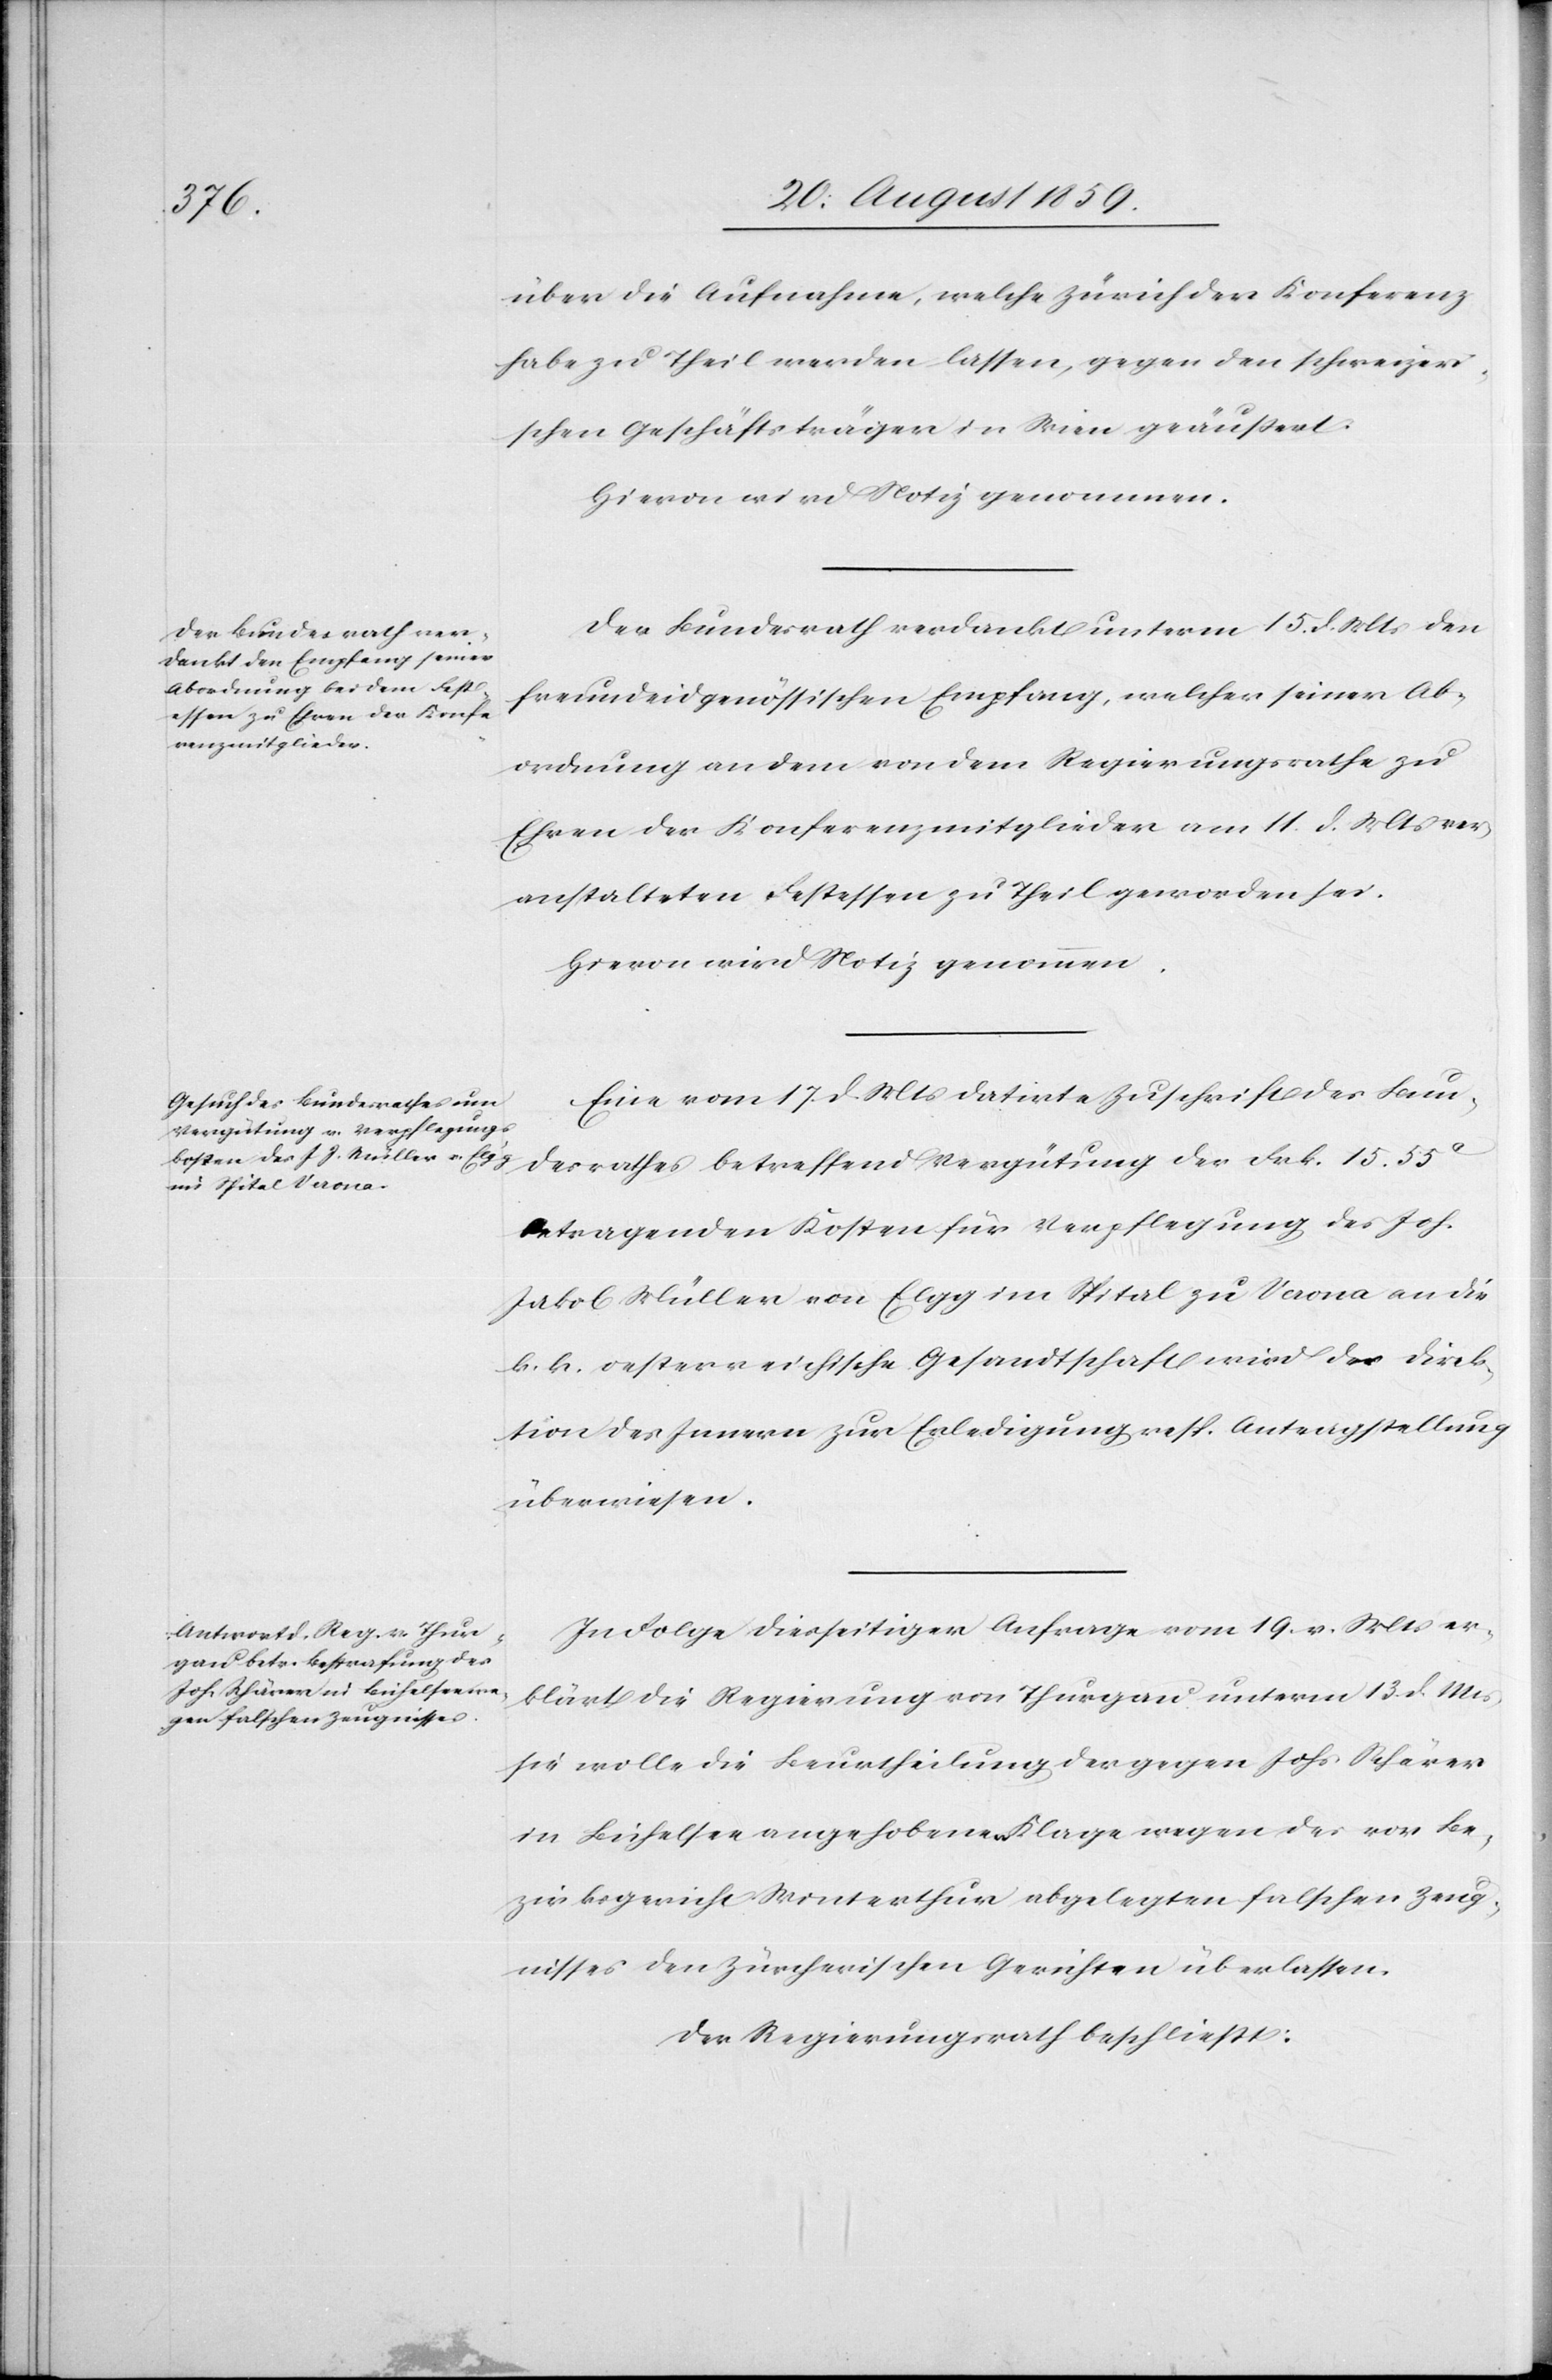
über die Aufnahme, welche Zürich der Konferenz
habe zu Theil werden lassen, gegen den schweizeri¬
schen Geschäftsträger in Wien geäußert.
Hievon wird Notiz genommen.
Der Bundesrath verdankt unterm 15. d. Mts. den
freundeidgenössischen Empfang, welcher seiner Ab¬
ordnung an dem von dem Regierungsrathe zu
Ehren der Konferenzmitglieder am 11. d. Mts. ver¬
anstalteten Festessen zu Theil geworden sei.
Hievon wird Notiz genommen.
Eine vom 17. d. Mts. datirte Zuschrift des Bun¬
desrathes betreffend Vergütung der Frk. 15.55c.
betragenden Kosten für Verpflegung des Joh.
Jakob Müller von Elgg im Spital zu Verona an die
k. k. oesterreichische Gesandtschaft wird der Direk¬
tion des Innern zur Erledigung resp. Antragstellung
überwiesen.
In Folge diesseitiger Anfrage vom 19. v. Mts. er¬
klärt die Regierung von Thurgau unterm 13. d. Mts.
sie wolle die Beurtheilung der gegen Johs. Schärer
in Bichelsee angehobene Klage wegen des vor Be¬
zirksgericht Winterthur abgelegten falschen Zeug¬
nisses den Zürcherischen Gerichten überlassen.
Der Regierungsrath beschließt: